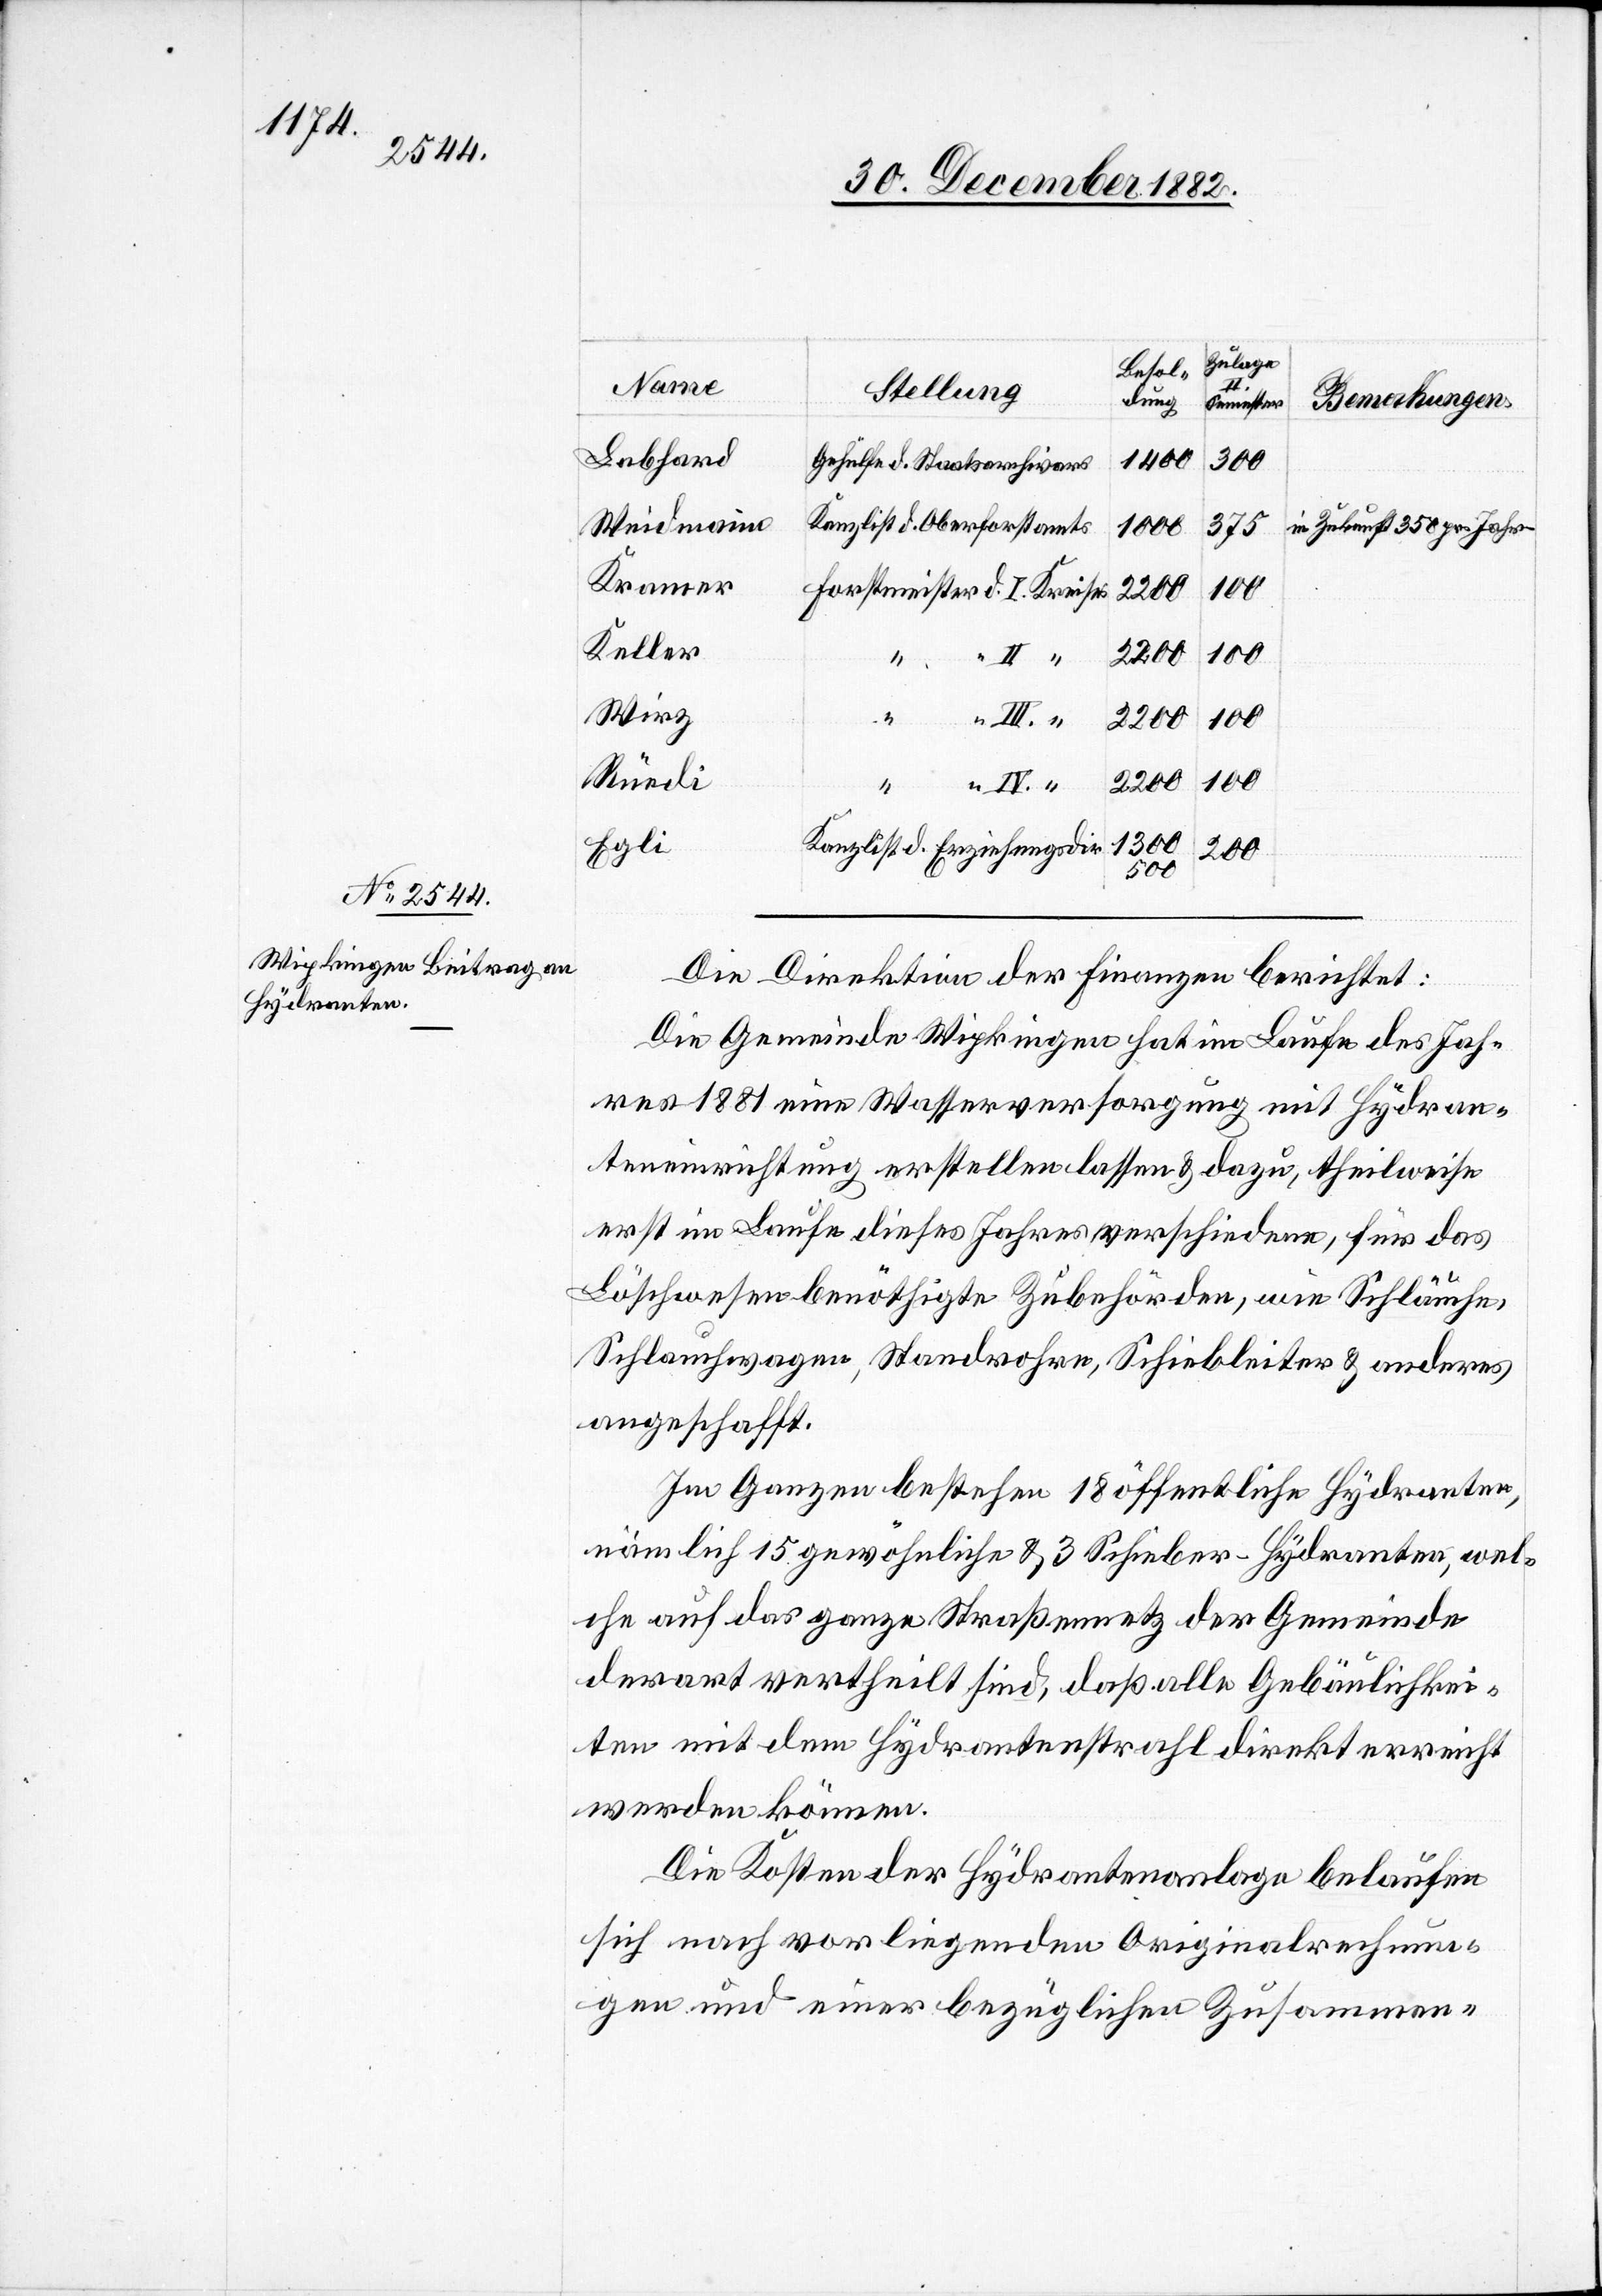
r-Hydranten,

Lebhard
1400
Gehülfe d. Staatsarchivars
300
Kanzlist d. Oberforstamts
Weidmann
in Zukunft 350 pr. Jahr.
1000
375
Kramer
Forstmeister d. I. Kreises
Keller
1300
und
Wirz
chen
18
Rüedi
100
2200
“ III. “
Kanzlist d. Erziehungsdir.
ügli¬
200
500
Die Direktion der Finanzen berichtet:
Die Gemeinde Wipkingen hat im Laufe des Jah¬
res 1881 eine Wasserversorgung mit Hydran¬
teneinrichtung erstellen lassen & dazu, theilweise
erst im Laufe dieses Jahres verschiedene, für das
Löschwasser benöthigte Zubehörden, wie Schläuche,
Schlauchwagen, Standrohre, Schiebleiter & anderes
angeschafft.
che auf das ganze Straßennetz der Gemeinde
derart vertheilt sind, daß alle Gebäulichkei¬
ten mit dem Hydrantenstrahl direkt erreicht
werden können.
Die Kosten der Hydrantenanlage belaufen
sich nach vorliegenden Originalrechnungen